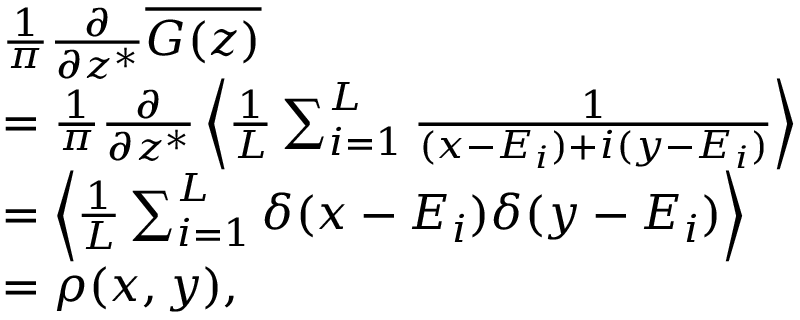
\begin{array} { r l } & { \frac { 1 } { \pi } \frac { \partial } { \partial z ^ { \ast } } \overline { { G ( z ) } } } \\ & { = \frac { 1 } { \pi } \frac { \partial } { \partial z ^ { \ast } } \left< \frac { 1 } { L } \sum _ { i = 1 } ^ { L } \frac { 1 } { ( x - \relax E _ { i } ) + i ( y - \relax E _ { i } ) } \right> } \\ & { = \left< \frac { 1 } { L } \sum _ { i = 1 } ^ { L } \delta ( x - \relax E _ { i } ) \delta ( y - \relax E _ { i } ) \right> } \\ & { = \rho ( x , y ) , } \end{array}